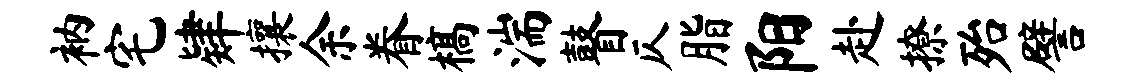
衲宅肄攘余眷槁湍瞽仄脂阳赴撩殆譬